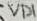
Text: VD1